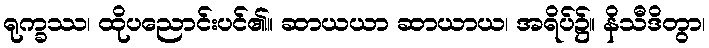
ရုက္ခဿ၊ ထိုပညောင်းပင်၏။ ဆာယယာ ဆာယာယ၊ အရိပ်၌။ နိသီဒိတွာ၊